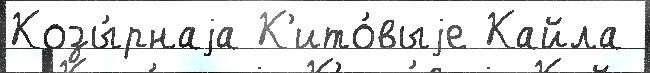
Козы́рнаjа К'ито́выjе Кайла